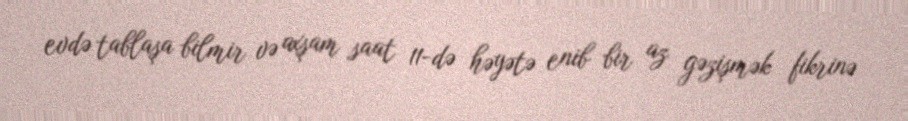
evdə tablaşa bilmir və axşam saat 11-də həyətə enib bir az gəzişmək fikrinə